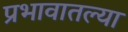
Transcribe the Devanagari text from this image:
प्रभावातल्या